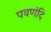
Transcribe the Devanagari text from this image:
पवणंदि